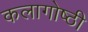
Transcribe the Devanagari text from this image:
कलागोष्ठी